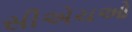
સીએચઓ